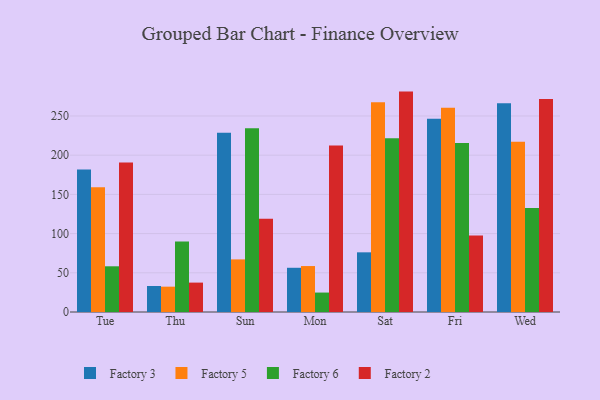
{"axis": {"x": "Day", "y": "Tickets Resolved"}, "legend": ["Factory 2", "Factory 3", "Factory 5", "Factory 6"], "data": [{"x": "Tue", "y": 181.9, "type": "Factory 3"}, {"x": "Tue", "y": 159.1, "type": "Factory 5"}, {"x": "Tue", "y": 58.3, "type": "Factory 6"}, {"x": "Tue", "y": 190.7, "type": "Factory 2"}, {"x": "Thu", "y": 33.2, "type": "Factory 3"}, {"x": "Thu", "y": 32.3, "type": "Factory 5"}, {"x": "Thu", "y": 89.9, "type": "Factory 6"}, {"x": "Thu", "y": 37.5, "type": "Factory 2"}, {"x": "Sun", "y": 228.6, "type": "Factory 3"}, {"x": "Sun", "y": 67.1, "type": "Factory 5"}, {"x": "Sun", "y": 234.3, "type": "Factory 6"}, {"x": "Sun", "y": 118.9, "type": "Factory 2"}, {"x": "Mon", "y": 56.4, "type": "Factory 3"}, {"x": "Mon", "y": 58.6, "type": "Factory 5"}, {"x": "Mon", "y": 24.8, "type": "Factory 6"}, {"x": "Mon", "y": 212.4, "type": "Factory 2"}, {"x": "Sat", "y": 76.1, "type": "Factory 3"}, {"x": "Sat", "y": 267.6, "type": "Factory 5"}, {"x": "Sat", "y": 221.5, "type": "Factory 6"}, {"x": "Sat", "y": 281.1, "type": "Factory 2"}, {"x": "Fri", "y": 246.5, "type": "Factory 3"}, {"x": "Fri", "y": 260.6, "type": "Factory 5"}, {"x": "Fri", "y": 215.4, "type": "Factory 6"}, {"x": "Fri", "y": 97.6, "type": "Factory 2"}, {"x": "Wed", "y": 266.4, "type": "Factory 3"}, {"x": "Wed", "y": 217.2, "type": "Factory 5"}, {"x": "Wed", "y": 132.7, "type": "Factory 6"}, {"x": "Wed", "y": 271.6, "type": "Factory 2"}]}